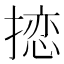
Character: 𪮠